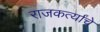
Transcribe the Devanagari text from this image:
राजकर्त्यांचे